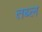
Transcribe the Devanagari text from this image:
तब्ल